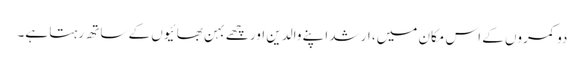
دو کمروں کے اس مکان میں، ارشد اپنے والدین اور چھے بہن بھائیوں کے ساتھ رہتا ہے۔